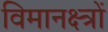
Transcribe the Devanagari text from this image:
विमानक्ष्त्रों